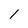
Character: 1